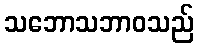
သဘောသဘာဝသည်